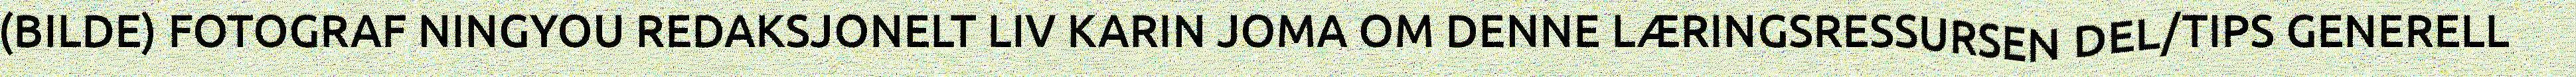
(BILDE) FOTOGRAF NINGYOU REDAKSJONELT LIV KARIN JOMA OM DENNE LÆRINGSRESSURSEN DEL/TIPS GENERELL